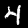
Label: 4